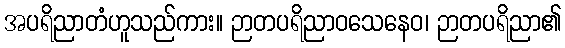
အပရိညာတံဟူသည်ကား။ ဉာတပရိညာဝသေနေဝ၊ ဉာတပရိညာ၏